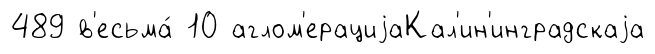
489 в'есьма́ 10 аглом'ерациjаКал'ин'инградскаjа